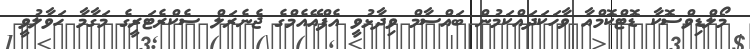
މޯލްޑިވްސޮކާ ޑޮޓްކޮމްއާ ވާހަކަަދައްކަމުން ބައްސާމް ވިދާޅުވީ އެފްއޭއެމްގެ ޖެނެރަލް ސެކްރެޓަރީގެ މަގާމާ ހަވާލުވީ